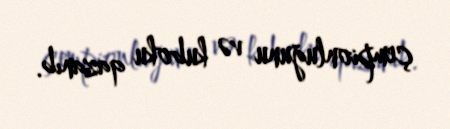
çempionluğunu və kuboku qazanıb.